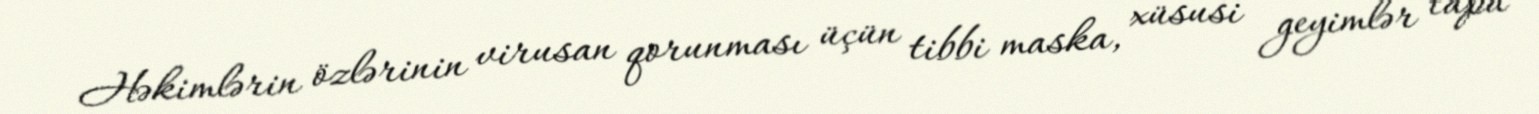
Həkimlərin özlərinin virusan qorunması üçün tibbi maska, xüsusi geyimlər tapa